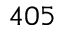
4 0 5